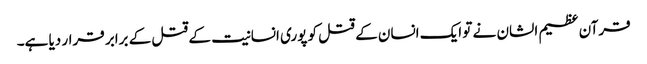
قرآن عظیم الشان نے تو ایک انسان کے قتل کو پوری انسانیت کے قتل کے برابر قرار دیا ہے۔